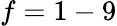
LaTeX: f=1-9